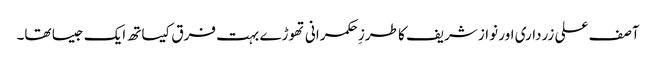
آصف علی زرداری اور نواز شریف کا طرزِ حکمرانی تھوڑے بہت فرق کیساتھ ایک جیسا تھا۔